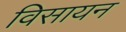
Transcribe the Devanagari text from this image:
विसायन